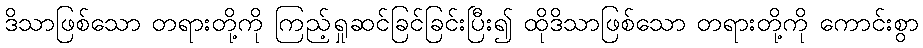
ဒိသာဖြစ်သော တရားတို့ကို ကြည့်ရှုဆင်ခြင်ခြင်းပြီး၍ ထိုဒိသာဖြစ်သော တရားတို့ကို ကောင်းစွာ